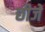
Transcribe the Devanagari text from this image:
छीजे